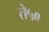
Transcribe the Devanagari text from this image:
ते५०